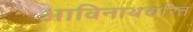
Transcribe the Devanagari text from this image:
आविनाथचरित